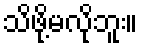
သိဖို့မလိုဘူး။